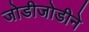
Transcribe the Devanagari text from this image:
जोडीजोडीने